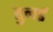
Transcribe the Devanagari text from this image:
तुलई